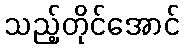
သည့်တိုင်အောင်